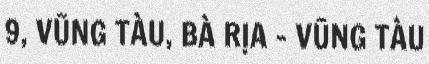
9, VŨNG TÀU, BÀ RỊA - VŨNG TÀU